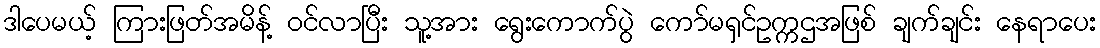
ဒါပေမယ့် ကြားဖြတ်အမိန့် ဝင်လာပြီး သူ့အား ရွေးကောက်ပွဲ ကော်မရှင်ဥက္ကဌအဖြစ် ချက်ချင်း နေရာပေး